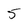
Character: 5